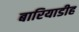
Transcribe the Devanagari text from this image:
बारियाडीह